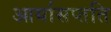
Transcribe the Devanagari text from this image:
आर्यासप्तति